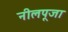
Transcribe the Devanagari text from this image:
नीलपूजा